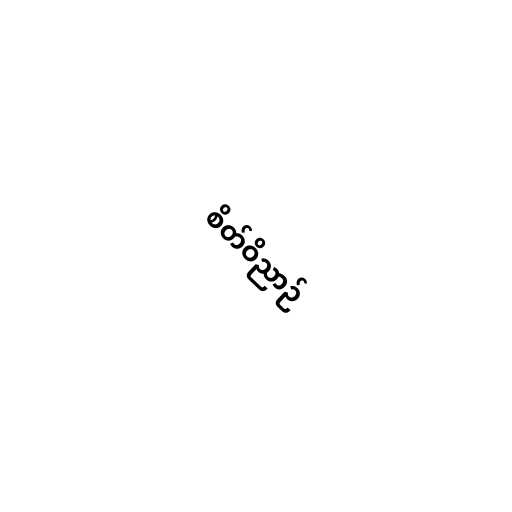
စိတ်ဝိညာဉ်